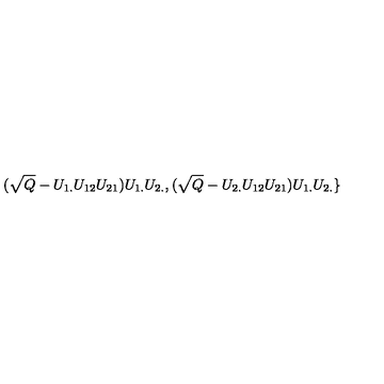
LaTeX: ( \sqrt { Q } - U _ { 1 . } U _ { 1 2 } U _ { 2 1 } ) U _ { 1 . } U _ { 2 . } , ( \sqrt { Q } - U _ { 2 . } U _ { 1 2 } U _ { 2 1 } ) U _ { 1 . } U _ { 2 . } \}